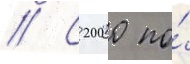
// С 2000 по́